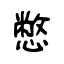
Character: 憋